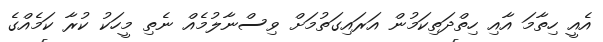
އެއީ ހިތާމަ އާއި ހިތްދަތިކަމުން އަރައިގަތުމަށް ވިސްނާލުމެއް ނެތި މީހަކު ކުރާ ކަމެއްގެ